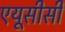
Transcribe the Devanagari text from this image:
एयूसीसी